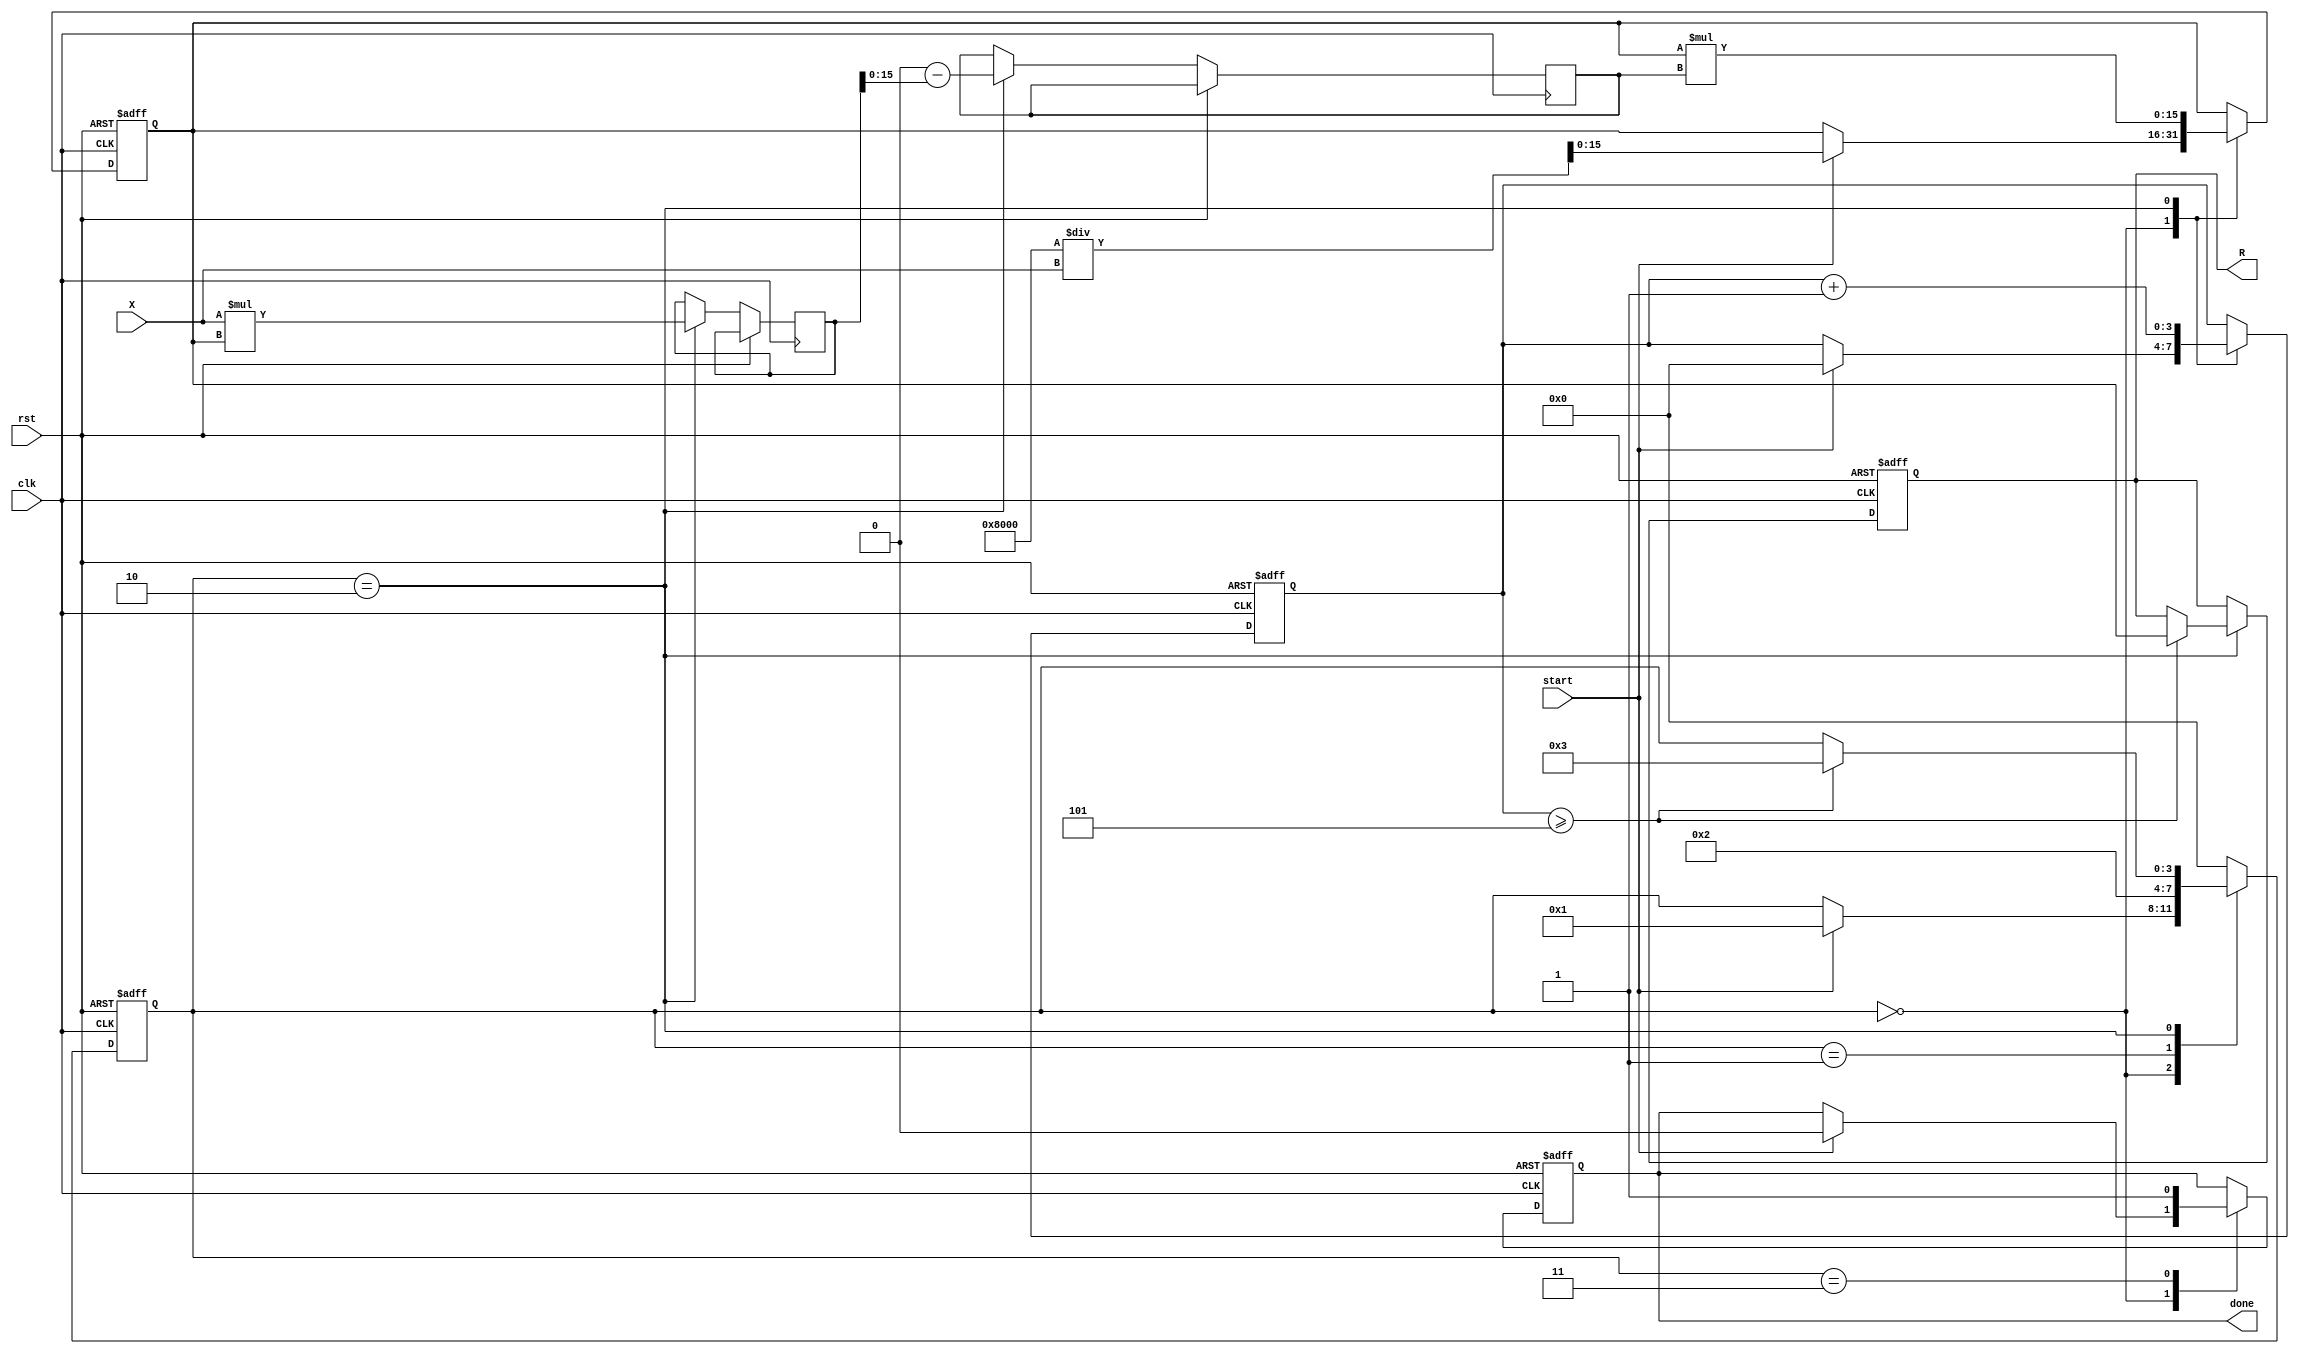
module newton_raphson_reciprocal #(
    parameter N = 16,   // Input width
    parameter M = 16,   // Output width
    parameter K = 5     // Number of iterations
)(
    input wire clk,          // Clock signal
    input wire rst,          // Reset signal
    input wire start,        // Start signal
    input wire [N-1:0] X,    // Input number
    output reg [M-1:0] R,    // Reciprocal output
    output reg done          // Done signal
);

    reg [M-1:0] R_current;   // Current estimate of reciprocal
    reg [2*M-1:0] X_R;       // Product of X and R
    reg [M-1:0] temp;        // Temporary variable for calculations
    reg [3:0] state;         // State for FSM
    reg [3:0] iteration;     // Iteration counter

    // State machine states
    localparam IDLE       = 4'd0;
    localparam INIT       = 4'd1;
    localparam ITERATE    = 4'd2;
    localparam DONE       = 4'd3;

    // Initial guess calculation
    wire [M-1:0] R0 = (1 << (M-1)) / X; // R0 = 2^(M-1) / X

    always @(posedge clk or posedge rst) begin
        if (rst) begin
            R <= 0;
            R_current <= 0;
            done <= 0;
            state <= IDLE;
            iteration <= 0;
        end else begin
            case (state)
                IDLE: begin
                    if (start) begin
                        R_current <= R0; // Initialize R with the first guess
                        iteration <= 0;   // Reset iteration counter
                        state <= INIT;
                        done <= 0;
                    end
                end

                INIT: begin
                    // Move to the iterate state
                    state <= ITERATE;
                end

                ITERATE: begin
                    // Perform the Newton-Raphson iteration
                    X_R <= X * R_current; // Calculate X * R
                    temp <= (2 << (M-1)) - X_R[M-1:0]; // Calculate (2^M - X * R)
                    R_current <= R_current * temp[M-1:0]; // Update R
                    iteration <= iteration + 1; // Increment iteration count

                    // Check if iterations are complete
                    if (iteration >= K) begin
                        R <= R_current; // Output the final result
                        state <= DONE; // Move to done state
                    end
                end

                DONE: begin
                    done <= 1; // Set done signal
                    state <= IDLE; // Reset to IDLE state
                end

                default: state <= IDLE; // Default case
            endcase
        end
    end
endmodule